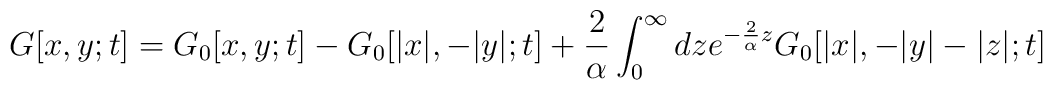
G[x, y; t] = G_0[x, y; t] - G_0[|x|, -|y|; t] + \frac{2}{\alpha} \int_0^{\infty} dz e^{-\frac{2}{\alpha} z}G_0[|x|, -|y|-|z|; t]